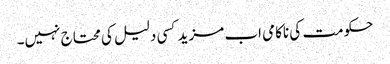
حکومت کی ناکامی اب مزید کسی دلیل کی محتاج نہیں۔